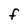
Character: f